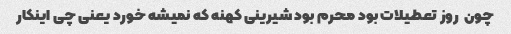
چون  روز تعطیلات بود محرم بود شیرینی کهنه که نمیشه خورد یعنی چی اینکار